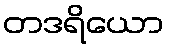
တဒရိယော